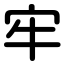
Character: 牢